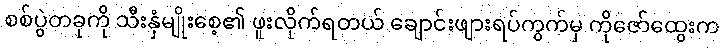
စစ်ပွဲတခုကို သီးနှံမျိုးစေ့၏ ဖူးလိုက်ရတယ် ချောင်းဖျားရပ်ကွက်မှ ကိုဇော်ထွေးက